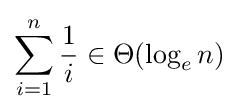
\sum _{i=1}^{n}{\frac {1}{i}}\in \Theta (\log _{e}n)